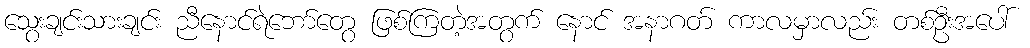
သွေးချင်းသားချင်း ညီနောင်ရဲဘော်တွေ ဖြစ်ကြတဲ့အတွက် နောင် အနာဂတ် ကာလမှာလည်း တစ်ဦးအပေါ်